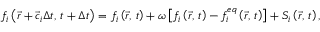
f _ { i } \left( \vec { r } + \vec { c } _ { i } \Delta t , \, t + \Delta t \right) = f _ { i } \left( \vec { r } , \, t \right) + \omega \left[ f _ { i } \left( \vec { r } , \, t \right) - f _ { i } ^ { e q } \left( \vec { r } , \, t \right) \right] + S _ { i } \left( \vec { r } , \, t \right) ,